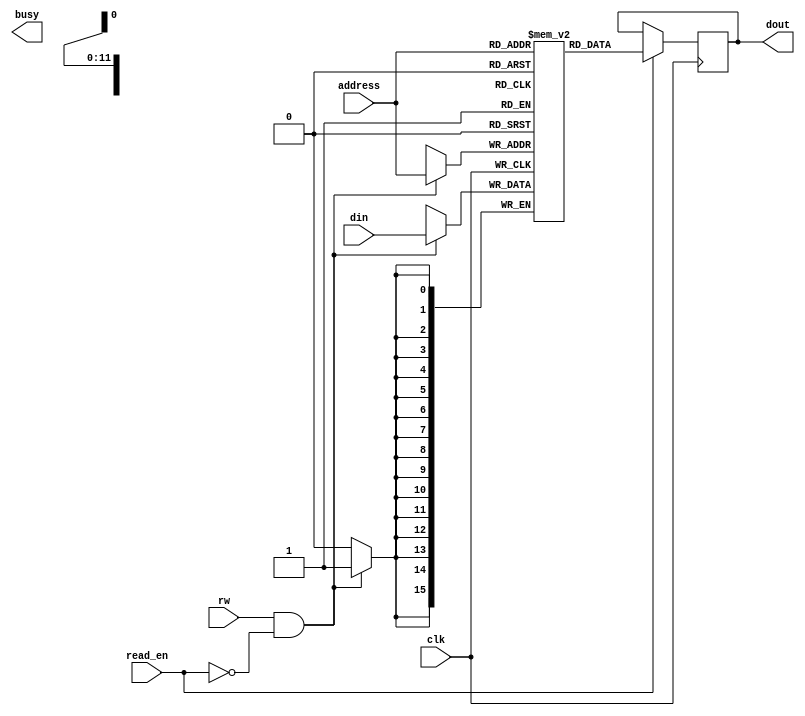
module DDR_SDRAM(
    input wire clk,
    input wire rw,
    input wire [11:0] address,
    input wire [15:0] din,
    output reg [15:0] dout,
    input wire read_en,
    output reg busy
);

reg [15:0] memory [0:4095]; // Memory array for storing data

// Read operation
always @(posedge clk) begin
    if (read_en) begin
        dout <= memory[address];
    end
end

// Write operation
always @(posedge clk) begin
    if (rw && !read_en) begin
        memory[address] <= din;
    end
end

// Additional functionality for refresh and precharge commands
// (implementation omitted for brevity)

// Additional features for burst access and auto-precharge
// (implementation omitted for brevity)

endmodule